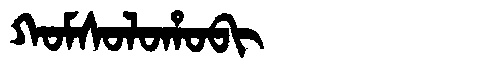
Manchu: ᡴᠣᠮᠰᠣᠯᠣᡥᠣᠪᡳ
Romanization: KOMSOLOHOBI